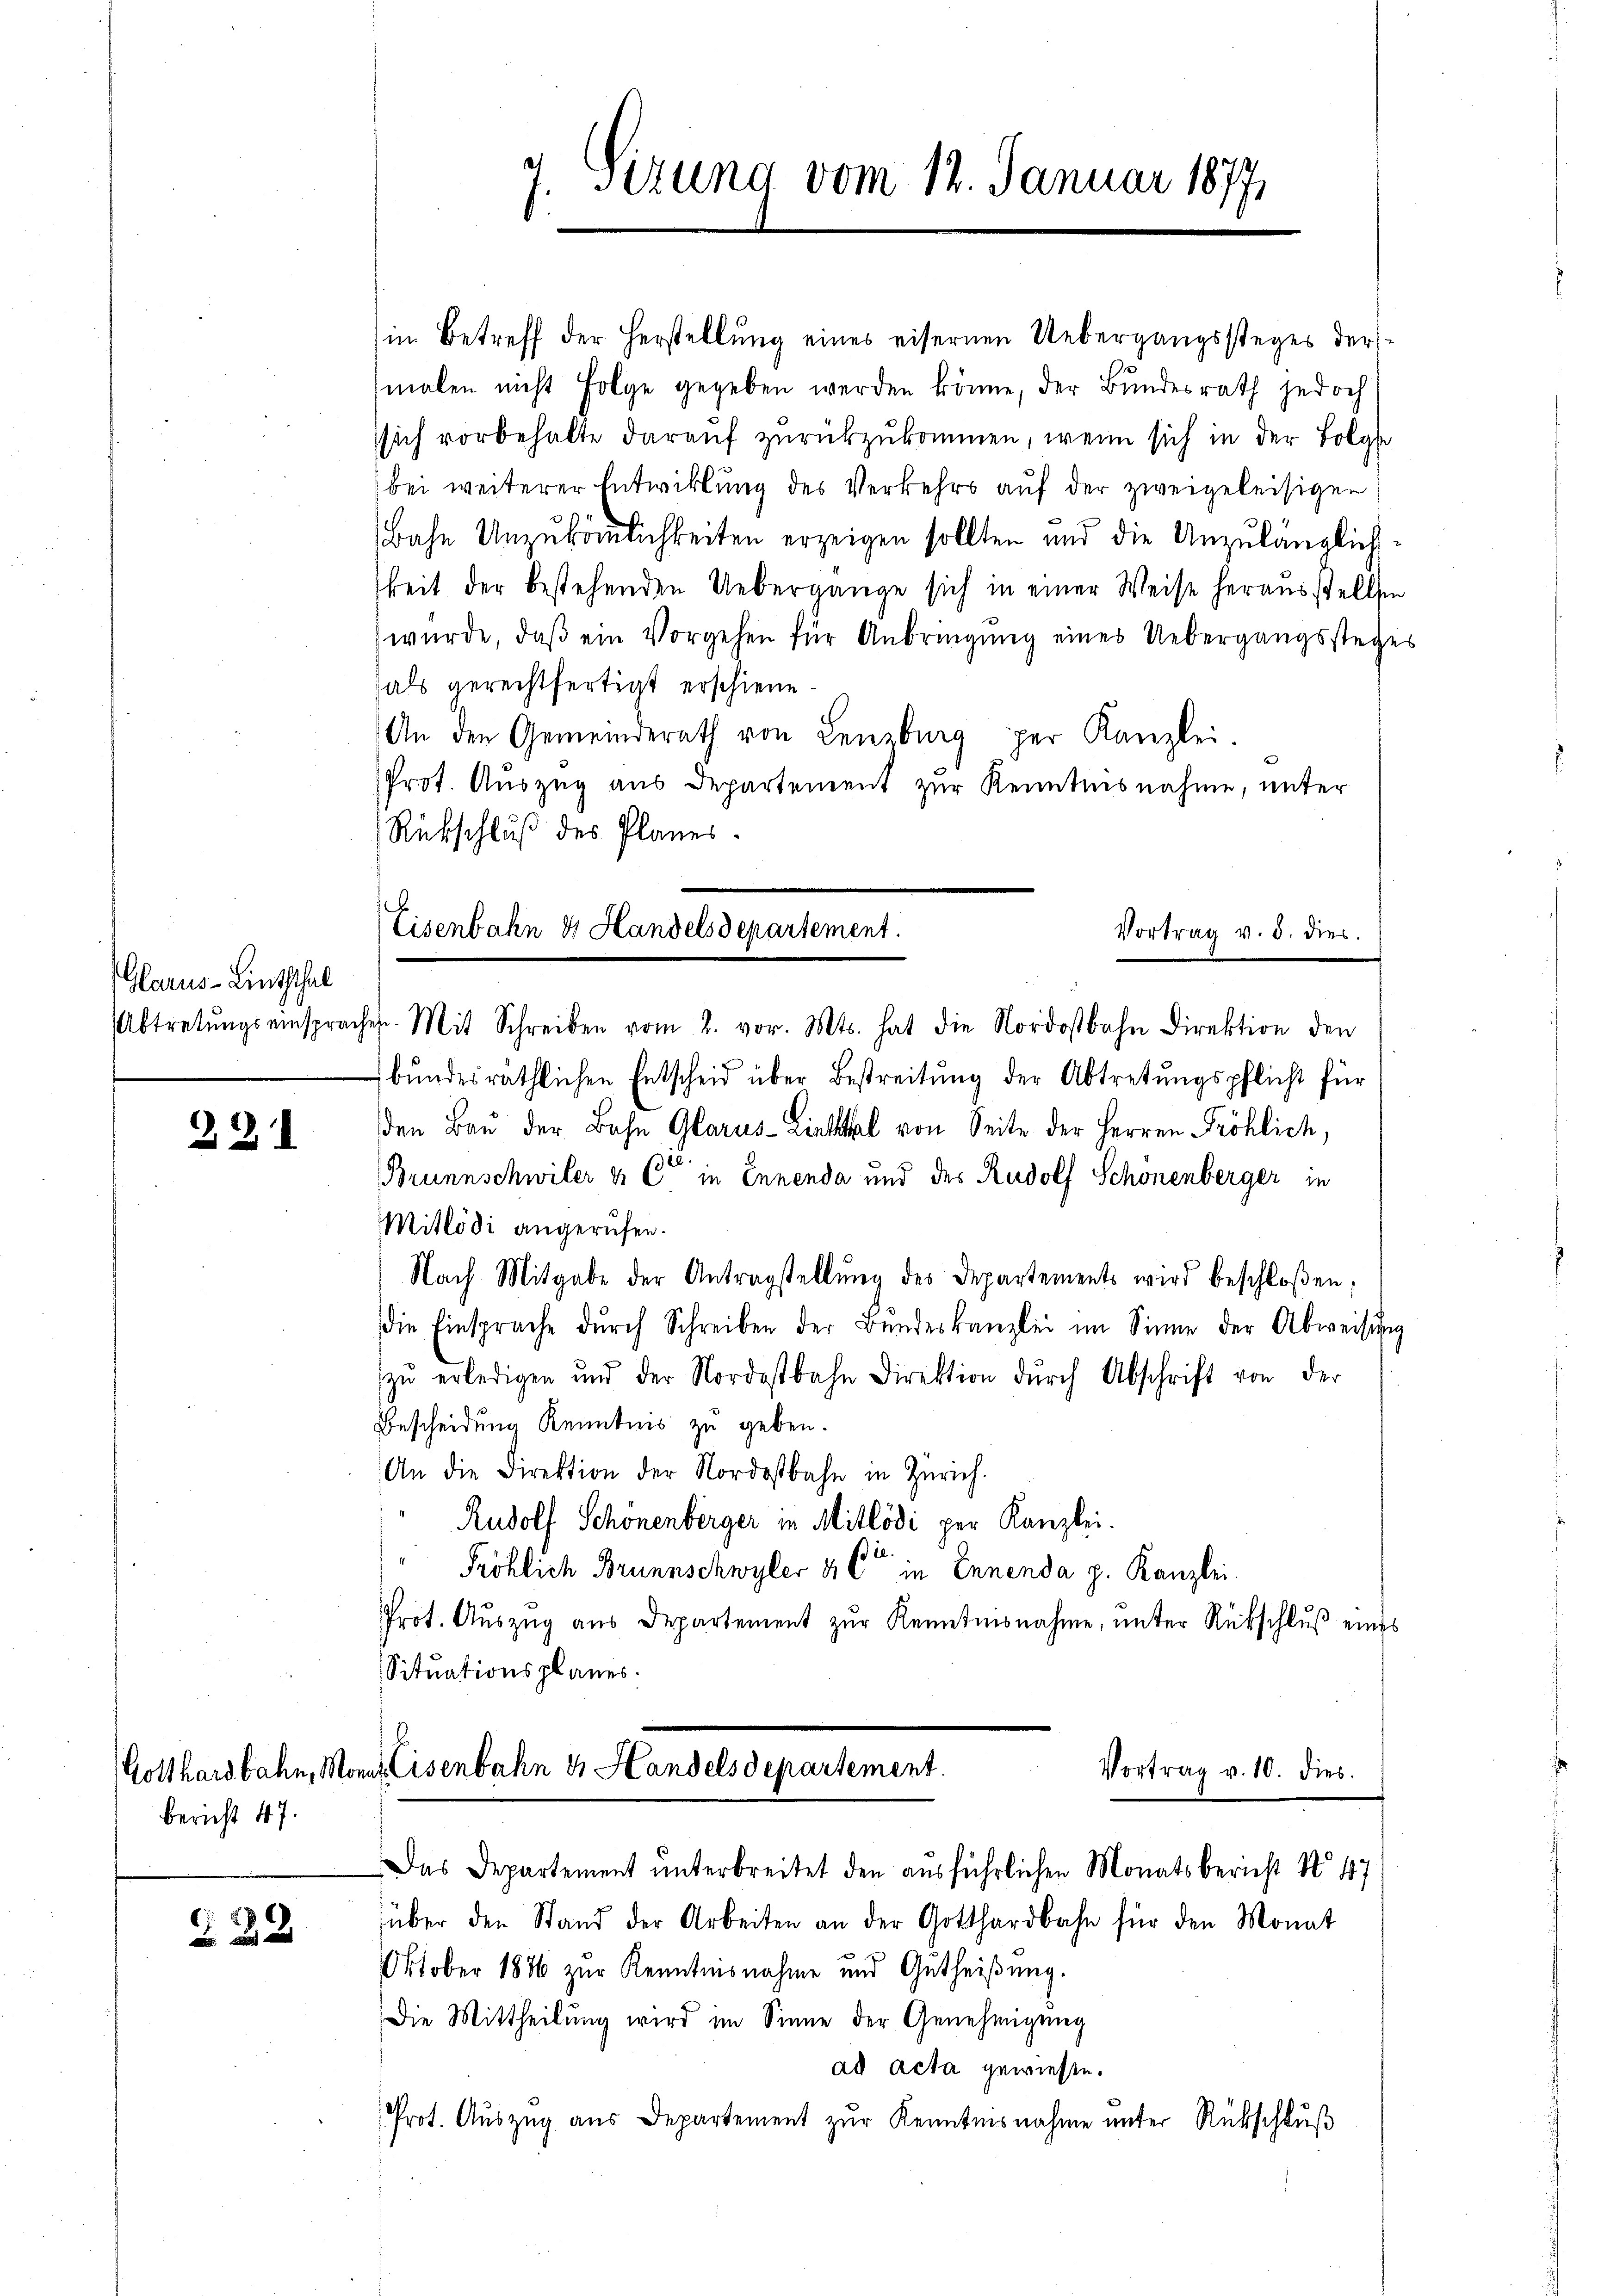
Glarus-Linththal

221

bericht 47.

222

in Betreff der Herstellung eines eisernen Uebergangssteges dermalen nicht Folge gegeben werden könne, der Bundesrath jedoch
sich vorbehalte darauf zurückzukommen, wenn sich in der Folge
bei weiterer Entwicklung des Verkehrs auf der zweigeleisigen
Bahn Unzukömmlichkeiten erzeigen sollten und die Unzulänglichkeit der bestehenden Uebergange sich in einer Weise herausstellten
wŭrde, daβ ein Vorgehen für Anbringŭng eines Uebergangsstege
als gerechtfertigt erschiene.
An den Gemeinderath von Lenzburg per Kanzlei.
Prot. Auszug aus Departement zur Kenntnisnahme, unter
Rückschluß des Planes.
Abtretŭngseinsprachen. Mit Schreiben vom 2. vor. Mts. hat die Nordostbahn Direktion den
bundesräthlichen Entscheid über Bestreitung der Abtretungspflicht für
den Bau der Bahn Glarus-Liettel von Seite der Herren Fröhlich,
Brunnschwiler & Cie in Ennenda und des Rudolf Schönenberger in
Mitlödi angerufen.
Nach. Mitgabe der Antragstellŭng des Departements wird beschloßen;
die Einsprache dŭrch Schreiben der Bŭndeskanzlei im Sinne der Abweisŭng
zŭ erledigen und der Nordostbahn Direktion dŭrch Abschrift von der
Bescheidung Kenntnis zu geben.
An die Direktion der Nordostbahn in Zürich.
Rudolf Schönenberger in Mitlödi per Kanzlei.
Pröhlich Brunnschwyler & C in Innenda p. Kanzlei.
Prot. Auszug aus Departement zur Kenntnisnahme, unter Rückschluß eines
Situationsplanes.

7. Sizung vom 12. Januar 1877

Eisenbahn & Handelsdepartement.

Vortrag v. d. dies.

über den Stand der Arbeiten an der Gotthardbahn für den Monat
Oktober 1886 zur Kenntnisnahme und Gutheiβŭng.
Die Mittheilung wird im Sinne der Genehmigung
ad acta gewiesen.
Prot. Aŭszŭg aŭs Departement zŭr Kenntnisnahme ŭnter Rückschlŭβ

Gotthardbahn, Manns Eisenbahn & Handels departement.
Vortrag v. 10. dies
Das Departement unterbreitet den ausführlichen Monatsbericht No 47